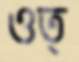
ওত্